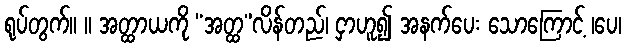
ရုပ်တွက်။ ။ အတ္ထာယကို “အတ္ထ”လိန်တည်၊ ငှာဟူ၍ အနက်ပေး သောကြောင့် ၊ပေ၊